Vaccination in Bombay 1856-1862 - 1856-1862
Year: 1856
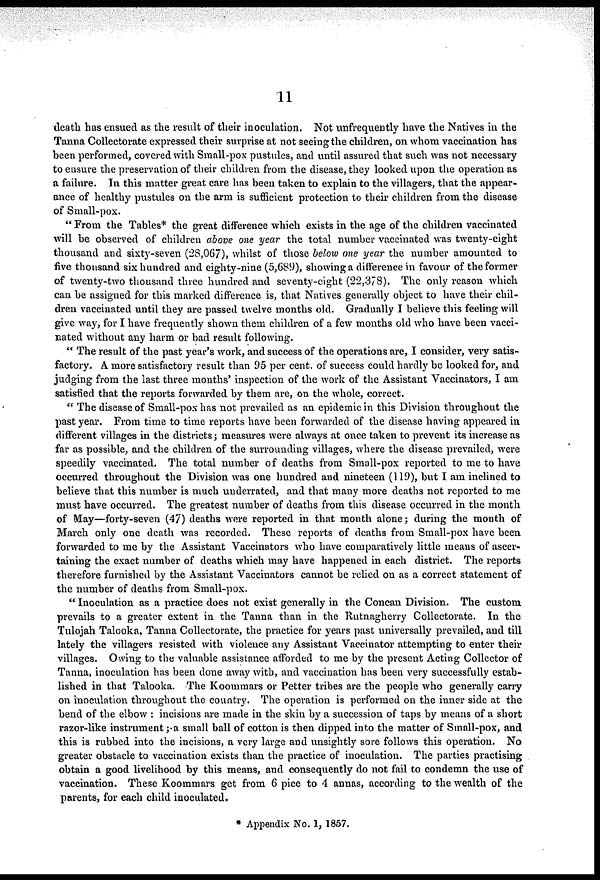
11
death has ensued as the result of their inoculation. Not unfrequently have the Natives in the
Tanna Collectorate expressed their surprise at not seeing the children, on whom vaccination has
been performed, covered with Small-pox pustules, and until assured that such was not necessary
to ensure the preservation of their children from the disease, they looked upon the operation as
a failure. In this matter great care has been taken to explain to the villagers, that the appear-
ance of healthy pustules on the arm is sufficient protection to their children from the disease
of Small-pox.
" From the Tables* the great difference which exists in the age of the children vaccinated
will be observed of children above one year the total number vaccinated was twenty-eight
thousand and sixty-seven (28,067), whilst of those below one year the number amounted to
five thousand six hundred and eighty-nine (5,689), showing a difference in favour of the former
of twenty-two thousand three hundred and seventy-eight (22,378). The only reason which
can be assigned for this marked difference is, that Natives generally object to have their chil-
dren vaccinated until they are passed twelve months old. Gradually I believe this feeling will
give way, for I have frequently shown them children of a few months old who have been vacci-
nated without any harm or bad result following.
" The result of the past year's work, and success of the operations are, I consider, very satis-
factory. A more satisfactory result than 95 per cent. of success could hardly be looked for, and
judging from the last three months' inspection of the work of the Assistant Vaccinators, I am
satisfied that the reports forwarded by them are, on the whole, correct.
" The disease of Small-pox has not prevailed as an epidemic in this Division throughout the
past year. From time to time reports have been forwarded of the disease having appeared in
different villages in the districts ; measures were always at once taken to prevent its increase as
far as possible, and the children of the surrounding villages, where the disease prevailed, were
speedily vaccinated. The total number of deaths from Small-pox reported to me to have
occurred throughout the Division was one hundred and nineteen (119), but I am inclined to
believe that this number is much underrated, and that many more deaths not reported to me
must have occurred. The greatest number of deaths from this disease occurred in the month
of May—forty-seven (47) deaths were reported in that month alone; during the month of
March only one death was recorded. These reports of deaths from Small-pox have been
forwarded to me by the Assistant Vaccinators who have comparatively little means of ascer-
taining the exact number of deaths which may have happened in each district. The reports
therefore furnished by the Assistant Vaccinators cannot be relied on as a correct statement of
the number of deaths from Small-pox.
" Inoculation as a practice does not exist generally in the Concan Division. The custom
prevails to a greater extent in the Tanna than in the Rutnagherry Collectorate. In the
Tulojah Talooka, Tanna Collectorate, the practice for years past universally prevailed, and till
lately the villagers resisted with violence any Assistant Vaccinator attempting to enter their
villages. Owing to the valuable assistance afforded to me by the present Acting Collector of
Tanna, inoculation has been done away with, and vaccination has been very successfully estab-
lished in that Talooka. The Koommars or Petter tribes are the people who generally carry
on inoculation throughout the country. The operation is performed on the inner side at the
bend of the elbow : incisions are made in the skin by a succession of taps by means of a short
razor-like instrument ; a small ball of cotton is then dipped into the matter of Small-pox, and
this is rubbed into the incisions, a very large and unsightly sore follows this operation. No
greater obstacle to vaccination exists than the practice of inoculation. The parties practising
obtain a good livelihood by this means, and consequently do not fail to condemn the use of
vaccination. These Koommars get from 6 pice to 4 annas, according to the wealth of the
parents, for each child inoculated.
* Appendix No. 1, 1857.